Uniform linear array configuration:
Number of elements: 16
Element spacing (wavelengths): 0.25
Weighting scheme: hamming
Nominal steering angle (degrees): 30
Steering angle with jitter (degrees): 30.755
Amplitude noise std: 0.05
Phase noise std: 0.05

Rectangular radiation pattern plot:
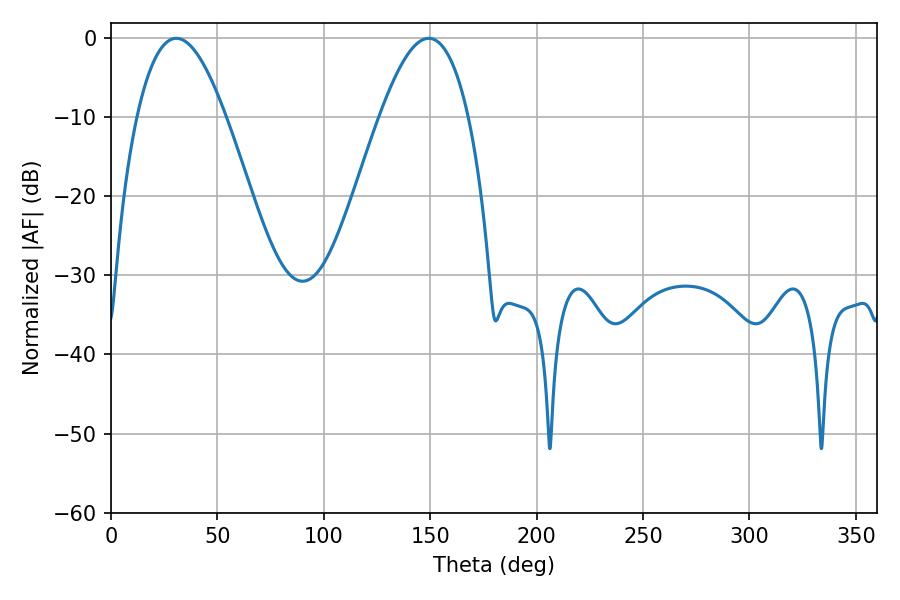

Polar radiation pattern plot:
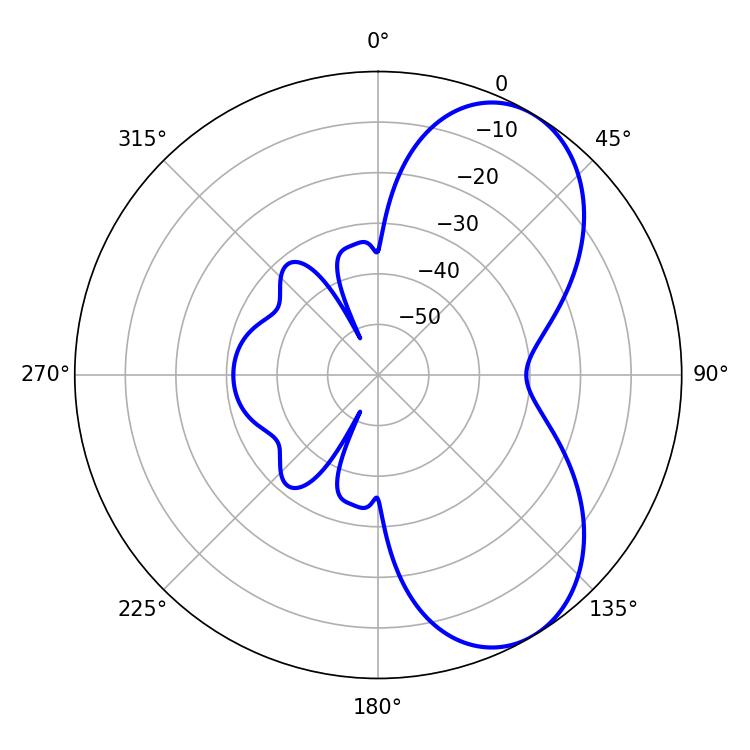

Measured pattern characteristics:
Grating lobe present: FALSE
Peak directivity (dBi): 6.465
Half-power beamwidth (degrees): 22.86
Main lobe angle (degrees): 30.78